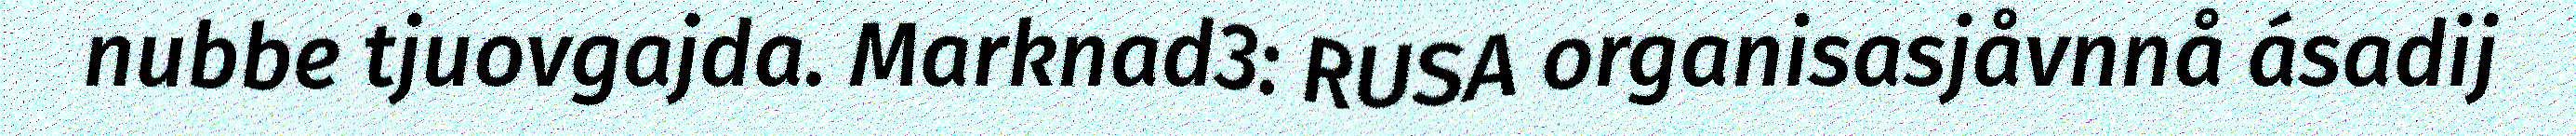
nubbe tjuovgajda. Marknad3: RUSA organisasjåvnnå ásadij